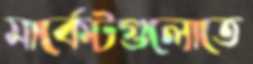
মার্কেটগুলোতে